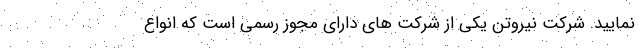
نمایید. شرکت نیروتن یکی از شرکت های دارای مجوز رسمی است که انواع